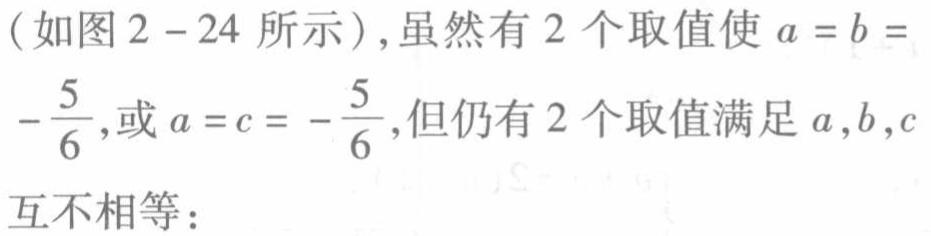
（如图2 - 24所示）,虽然有2个取值使 \(a = b = -\frac{5}{6}\),或 \(a = c = -\frac{5}{6}\),但仍有2个取值满足 \(a,b,c\) 互不相等：